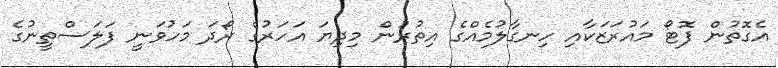
އެގޮތުން ފޮޓޯ މައުރަޒަކާއި ހިނގާލުމެއްގެ އިތުރުން މިދިޔަ އަހަރުގެ ރޯދަ މަހުވަނީ ފަލަސްތީނުގެ